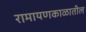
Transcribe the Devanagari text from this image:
रामायणकाळातील